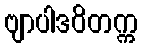
ဗျာပါဒဝိတက္က